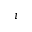
\boldsymbol { i }